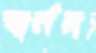
বার্নদ